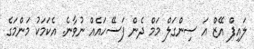
ލައިފް އޭޒް އަ ސިންގަލް މަމް ދެން ފަސޭހައެއް ނުވާނެ. އެކަމަކު މަންމަގެ